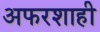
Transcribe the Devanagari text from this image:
अफरशाही